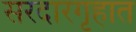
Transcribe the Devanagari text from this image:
सरदारगृहात